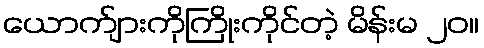
ယောက်ျားကိုကြိုးကိုင်တဲ့ မိန်းမ ၂၀။